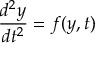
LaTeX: { \frac { d ^ { 2 } y } { d t ^ { 2 } } } = f ( y , t )